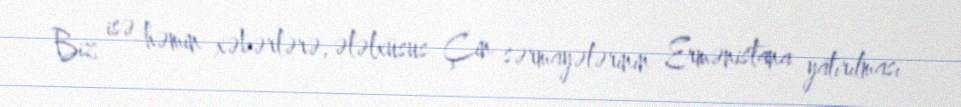
Biz isə həmin xəbərlərə, ələlxüsus Çin sərmayələrinin Ermənistana yatırılması